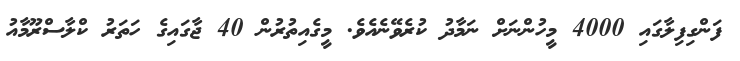
ފަންގިފިލާގައި 4000 މީހުންނަށް ނަމާދު ކުރެވޭނެއެވެ. މީގެއިތުރުން 40 ޖާގައިގެ ހަތަރު ކްލާސްރޫމާއު